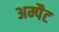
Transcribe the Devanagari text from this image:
अम्पैट